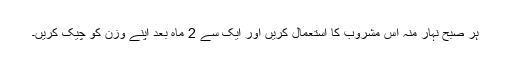
ہر صبح نہار منہ اس مشروب کا استعمال کریں اور ایک سے 2 ماہ بعد اپنے وزن کو چیک کریں۔